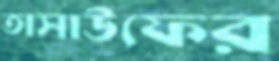
তাসাউফের